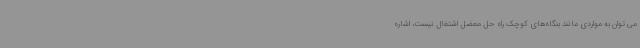
می توان به مواردی مانند بنگاه‌های کوچک راه حل معضل اشتغال نیست، اشاره